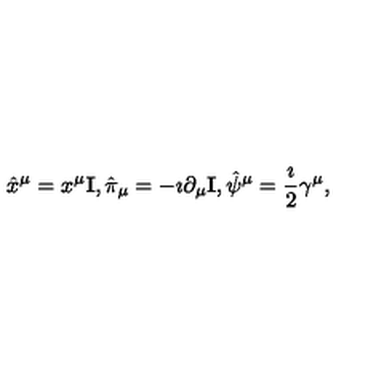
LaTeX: \hat { x } ^ { \mu } = x ^ { \mu } { \bf I } , \hat { \pi } _ { \mu } = - \imath \partial _ { \mu } { \bf I } , \hat { \psi } ^ { \mu } = \frac { \imath } { 2 } \gamma ^ { \mu } ,